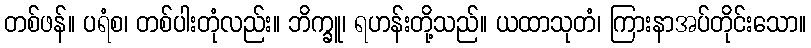
တစ်ဖန်။ ပရံစ၊ တစ်ပါးတုံလည်း။ ဘိက္ခူ၊ ရဟန်းတို့သည်။ ယထာသုတံ၊ ကြားနာအပ်တိုင်းသော။